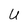
Character: U